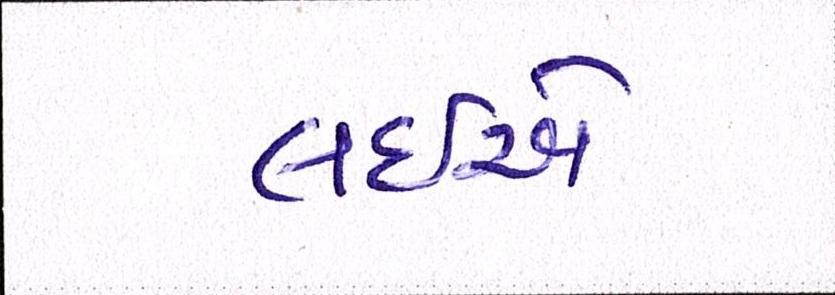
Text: લઈએ